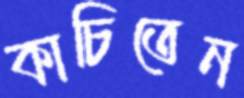
কাচিতেন